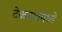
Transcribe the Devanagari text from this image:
टेकडयांमध्ये